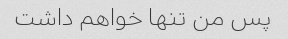
پس من تنها خواهم داشت